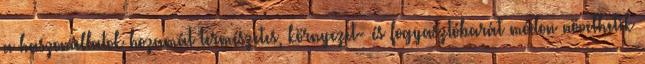
a haszonállatok hozamát természetes, környezet- és fogyasztóbarát módon növelhetik